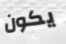
يكون